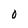
Character: 0